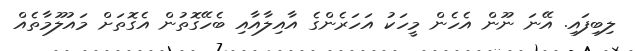
ލިބިފައި. އޭނަ ނޫން އެހެން މީހަކު އަހަރެންގެ އާއިލާއާއި ބެހޭގޮތުން އެގޮތަށް މައުލޫމާތެއް